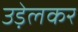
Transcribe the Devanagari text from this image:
उड़ेलकर